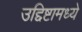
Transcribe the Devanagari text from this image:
उद्दिष्टामध्ये